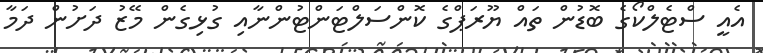
އެއީ ސްޓެލްކޯގެ ބޮޑުން ތައް ޔޫރަޕްގެ ކޮންސަލްޓަންޓުންނާއި ގުޅިގެން މޭޒު ދަށުން ދަމާ